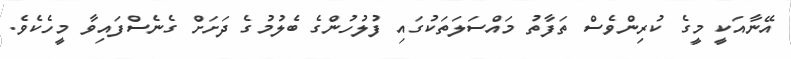
އޭނާއަކީ މީގެ ކުރިންވެސް ތަފާތު މައްސަލަތަކުގައި ފުލުހުންގެ ބެލުމުގެ ދަށަށް ގެނެސްފައިވާ މީހެކެވެ.